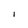
Character: I